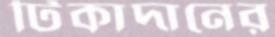
টিকাদানের